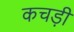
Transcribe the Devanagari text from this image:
कचड़ी